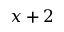
x + 2